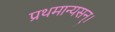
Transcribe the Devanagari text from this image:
प्रथमान्यसन्।